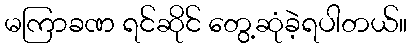
မကြာခဏ ရင်ဆိုင် တွေ့ဆုံခဲ့ရပါတယ်။